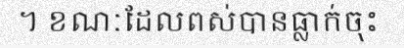
។ ខណៈដែលពស់បានធ្លាក់ចុះ